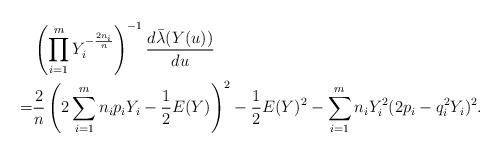
LaTeX: \begin{align*}& \left ( \prod_{i=1}^mY_i^{- \frac{2n_i}{n}} \right )^{-1} \frac{d \bar{\lambda}(Y(u)) }{du} \\ =& \frac{2}{n} \left (2 \sum_{i=1}^m n_i p_i Y_i - \frac{1}{2} E(Y)\right)^2 -\frac{1}{2}E(Y)^2 - \sum_{i=1}^m n_iY_i^2 (2p_i -q_i^2Y_i )^2 . \end{align*}